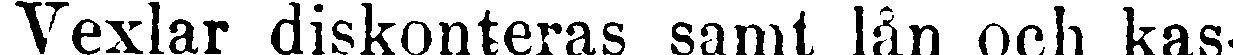
Vexlar diskonteras samt lån och kas-